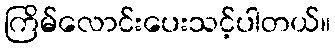
ကြိမ်လောင်းပေးသင့်ပါတယ်။